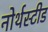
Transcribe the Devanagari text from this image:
नोर्थस्टीड